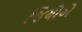
જિયોએ